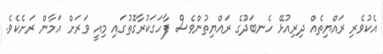
އެކުވެރި ރައްޔިތެއް ދިރިއުޅޭ ހެނބަދޫގެ ރައްޔިތުންވެސް ފާހަގަކުރާގޮތުގައި މިއީ ވަރަށް އަމާން ރަށެކެވެ.